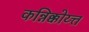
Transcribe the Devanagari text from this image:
कन्निक्कोय्त्त